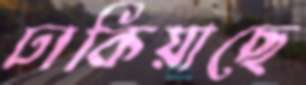
ঢাকিয়াছে